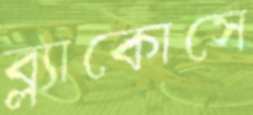
ব্ল্যাকোসে